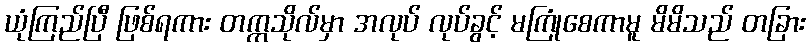
ယုံကြည်ပြီ ဖြစ်ရကား တက္ကသိုလ်မှာ အလုပ် လုပ်ခွင့် မကြုံစေကာမူ မိမိသည် တခြား